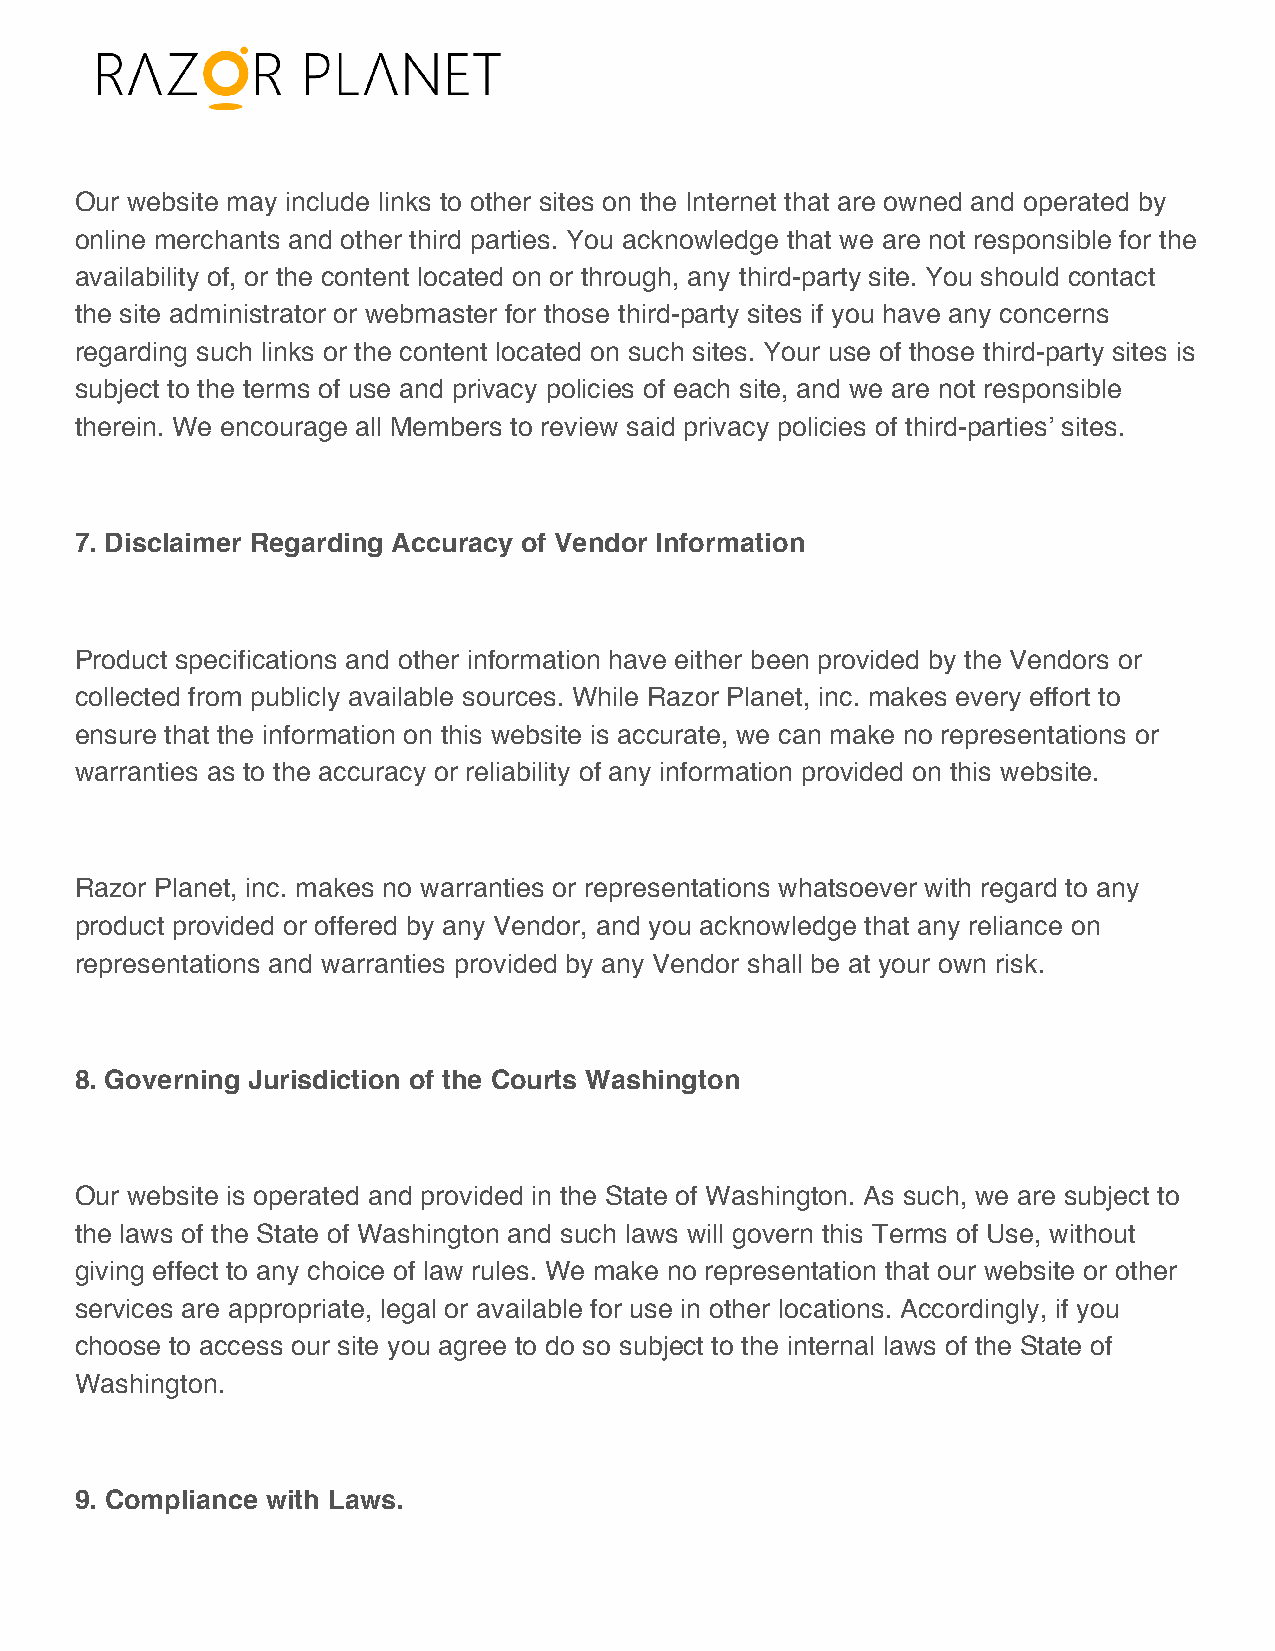
Our website may include links to other sites on the Internet that are owned and operated by
 online merchants and other third parties. You acknowledge that we are not responsible for the
 availability of, or the content located on or through, any third-party site. You should contact
 the site administrator or webmaster for those third-party sites if you have any concerns
 regarding such links or the content located on such sites. Your use of those third-party sites is
 subject to the terms of use and privacy policies of each site, and we are not responsible
 therein. We encourage all Members to review said privacy policies of third-partiesʼ sites.
 7. Disclaimer Regarding Accuracy of Vendor Information
 Product specifications and other information have either been provided by the Vendors or
 collected from publicly available sources. While Razor Planet, inc. makes every effort to
 ensure that the information on this website is accurate, we can make no representations or
 warranties as to the accuracy or reliability of any information provided on this website.
 Razor Planet, inc. makes no warranties or representations whatsoever with regard to any
 product provided or offered by any Vendor, and you acknowledge that any reliance on
 representations and warranties provided by any Vendor shall be at your own risk.
 8. Governing Jurisdiction of the Courts Washington
 Our website is operated and provided in the State of Washington. As such, we are subject to
 the laws of the State of Washington and such laws will govern this Terms of Use, without
 giving effect to any choice of law rules. We make no representation that our website or other
 services are appropriate, legal or available for use in other locations. Accordingly, if you
 choose to access our site you agree to do so subject to the internal laws of the State of
 Washington.
 9. Compliance with Laws.